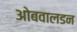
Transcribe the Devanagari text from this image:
ओबवालडन